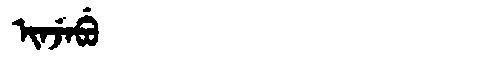
Manchu: ᡳᠨᠵᡝᠪᡠ
Romanization: INJEBU